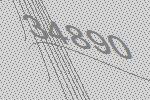
34890